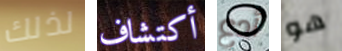
لذلك أكتشاف أدع هو